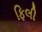
ફિલી